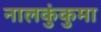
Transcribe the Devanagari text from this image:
नालकुंकुमा